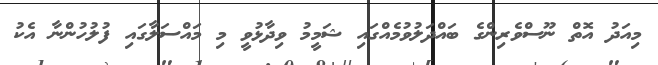
މިއަދު އޮތް ނޫސްވެރިންގެ ބައްދަލުވުމެއްގައި ޝަމީމު ވިދާޅުވީ މި މައްސަލާގައި ފުލުހުންނާ އެކު